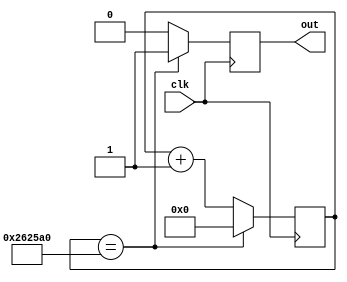
module behav_counter(clk, out);

input   clk;
output out;

reg  [25:0] cnt;
reg out;

always @ (posedge clk)
begin
    cnt <= cnt + 1;
	 out <= 1'b0;
	 if (cnt == 2500000)
	 //if (cnt == 5)
	 begin
		 cnt <= 0;
		 out <= 1'b1;
	 end
end 

endmodule

module ClkDivider (clk, clk_div);
    input clk;
    output clk_div;
	 reg clk_div;
	 localparam constantNumber = 10000000;
	 
	 reg [31:0] count;
 
	always @ (posedge clk)
	begin
   
	if (count == constantNumber - 1)
        count <= 32'b0;
   else
        count <= count + 1;
	end
	
	always @ (posedge clk)
	begin
    if (count == constantNumber - 1)
        clk_div <= ~clk_div;
    else
        clk_div <= clk_div;
	end
 
endmodule

module ClkDividerNew (clk, clk_div, c);
    input clk;
    output clk_div;
	 reg clk_div;
	 input [31:0] c;
	 
	 reg [31:0] count;
 
	always @ (posedge clk)
	begin
   
	if (count == c - 1)
        count <= 32'b0;
   else
        count <= count + 1;
	end
	
	always @ (posedge clk)
	begin
    if (count == c - 1)
        clk_div <= ~clk_div;
    else
        clk_div <= clk_div;
	end
 
endmodule